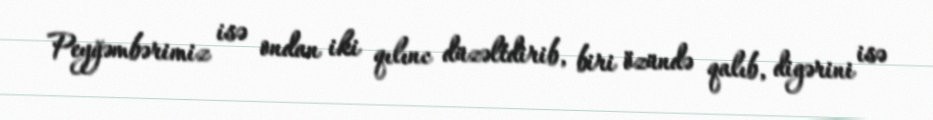
Peyğəmbərimiz isə ondan iki qılınc düzəltdirib, biri özündə qalıb, digərini isə